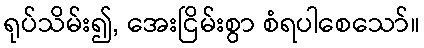
ရုပ်သိမ်း၍, အေးငြိမ်းစွာ စံရပါစေသော်။